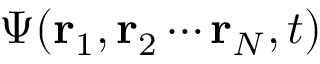
\Psi ( \mathbf { r } _ { 1 } , \mathbf { r } _ { 2 } \cdots \mathbf { r } _ { N } , t )